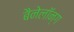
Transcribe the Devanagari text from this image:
बैनेलॉन्ग